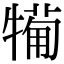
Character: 𤛟